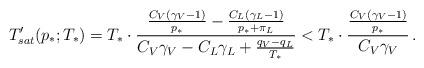
LaTeX: \begin{align*} T_{sat}'(p_*;T_*)=T_*\cdot \frac{\frac{C_V(\gamma_V-1)}{p_*}-\frac{C_L(\gamma_L-1)}{p_*+\pi_L}}{C_V\gamma_V -C_L\gamma_L+\frac{q_V-q_L}{T_*}}< T_*\cdot \frac{\frac{C_V(\gamma_V-1)}{p_*}}{C_V\gamma_V }\,.\end{align*}